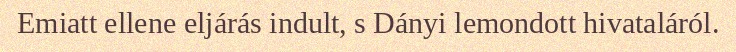
Emiatt ellene eljárás indult, s Dányi lemondott hivataláról.